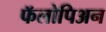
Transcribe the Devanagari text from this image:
फॅलोपिअन